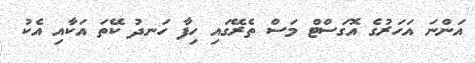
އަންނަ އަހަރުގެ އޮގަސްޓް މަސް ތެރޭގައި ހިފާ ހަނދު ކޭތަ އަކާއި އެކު